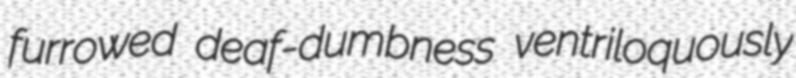
furrowed deaf-dumbness ventriloquously